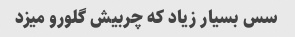
سس بسیار زیاد که چربیش گلورو میزد